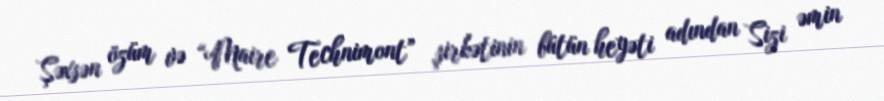
Şəxsən özüm və “Maire Technimont” şirkətinin bütün heyəti adından Sizi əmin